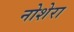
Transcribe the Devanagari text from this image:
नोशेरा